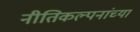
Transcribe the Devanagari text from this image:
नीतिकल्पनांच्या